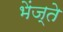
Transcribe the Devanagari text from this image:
भेंज्ते